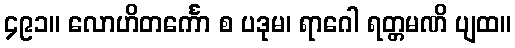
၄၉၁။ လောဟိတင်္ကော စ ပဒုမ၊ ရာဂေါ ရတ္တမဏိ ပျထ။